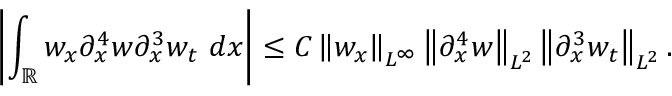
\left| \int _ { \mathbb R } w _ { x } \partial _ { x } ^ { 4 } w \partial _ { x } ^ { 3 } w _ { t } \ d x \right| \leq C \left\| w _ { x } \right\| _ { L ^ { \infty } } \left\| \partial _ { x } ^ { 4 } w \right\| _ { L ^ { 2 } } \left\| \partial _ { x } ^ { 3 } w _ { t } \right\| _ { L ^ { 2 } } .